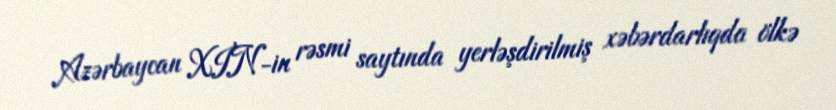
Azərbaycan XİN-in rəsmi saytında yerləşdirilmiş xəbərdarlıqda ölkə